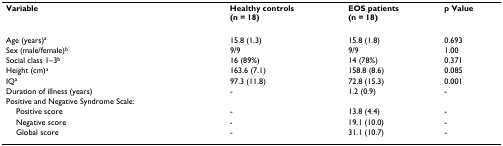
| Variable | Healthy controls(n = 18) | EOS patients(n = 18) | p Value |
 | --- | --- | --- | --- |
 | Age (years)a | 15.8 (1.3) | 15.8 (1.8) | 0.693 |
 | Sex (male/female)b | 9/9 | 9/9 | 1.00 |
 | Social class 1–3b | 16 (89%) | 14 (78%) | 0.371 |
 | Height (cm)a | 163.6 (7.1) | 158.8 (8.6) | 0.085 |
 | IQa | 97.3 (11.8) | 72.8 (15.3) | 0.001 |
 | Duration of illness (years) | - | 1.2 (0.9) | - |
 | Positive and Negative Syndrome Scale: |  |  |  |
 | Positive score | - | 13.8 (4.4) | - |
 | Negative score | - | 19.1 (10.0) | - |
 | Global score | - | 31.1 (10.7) | - |